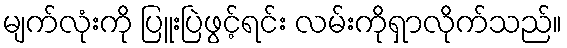
မျက်လုံးကို ပြူးပြဲဖွင့်ရင်း လမ်းကိုရှာလိုက်သည်။